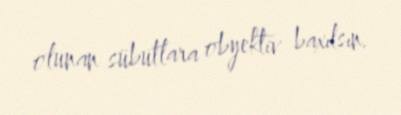
olunan sübutlara obyektiv baxılsın.